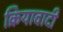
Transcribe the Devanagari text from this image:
क्रियावादी